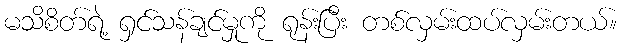
မသိစိတ်ရဲ့ ရှင်သန်ချင်မှုကို ရုန်းပြီး တစ်လှမ်းထပ်လှမ်းတယ်။